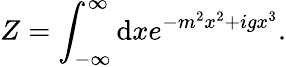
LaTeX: Z=\int_{-\infty}^{\infty}\mathrm{d}xe^{-m^{2}x^{2}+igx^{3}}.